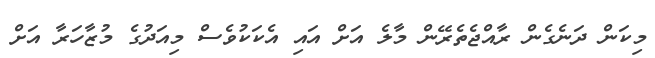
މިކަން ދަނެގެން ރާއްޖެތެރޭން މާލެ އަށް އައި އެކަކުވެސް މިއަދުގެ މުޒާހަރާ އަށް